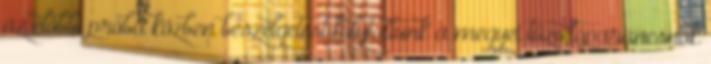
az előbbi próba közben beszélgetést folytattunk a megyei tűzoltóparancsnok